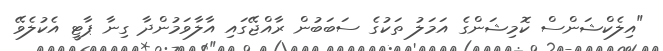
"އިލެކްޝަންސް ކޮމިޝަންގެ އަމަލު ތަކުގެ ސަބަބުން ރާއްޖޭގައި އާލާވަމުންދާ ގިނާ ޕާޓީ އެކުލެވޭ